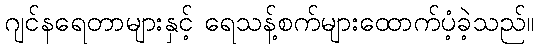
ဂျင်နရေတာများနှင့် ရေသန့်စက်များထောက်ပံ့ခဲ့သည်။